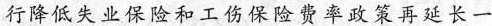
行降低失业保险和工伤保险费率政策再延长一